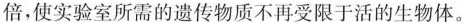
倍，使实验室所需的遗传物质不再受限于活的生物体。